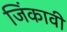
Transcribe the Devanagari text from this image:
जिंकावी